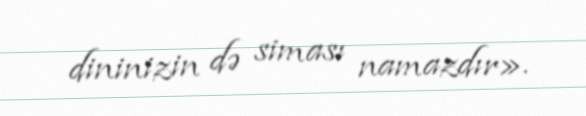
dininizin də siması namazdır».